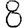
Digit: 8